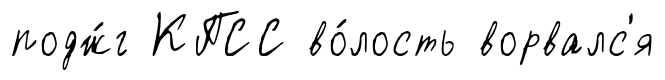
подж́г КПСС во́лость ворвалс'я